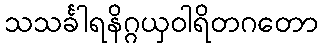
သသင်္ခါရနိဂ္ဂယှဝါရိတဂတော